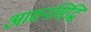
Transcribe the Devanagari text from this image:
आसनसिद्धि